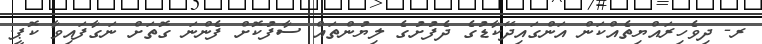
ރ- ދިވެހިރައްޔިތެއްކަން އަންގައިދޭކާޑުގެ ދެފުށުގެ ލިޔުންތައް ސާފުކޮށް ފެންނަ ގޮތަށް ނަގާފައިވާ ކޮޕީ.